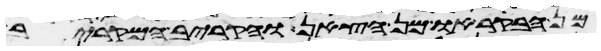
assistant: מן הבקר או מן הצאן והקריב המקריב